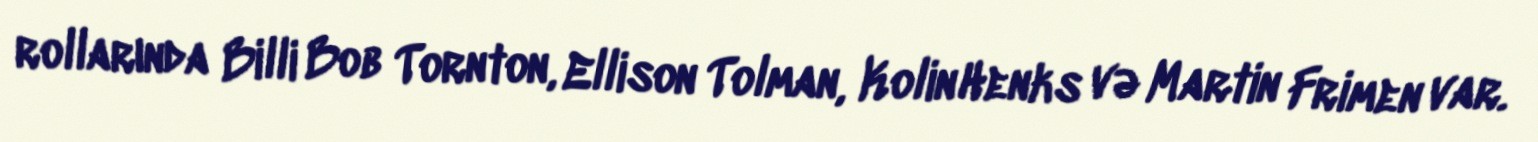
rollarında Billi Bob Tornton, Ellison Tolman, Kolin Henks və Martin Frimen var.